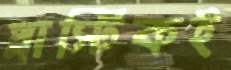
প্লাস্টিকই